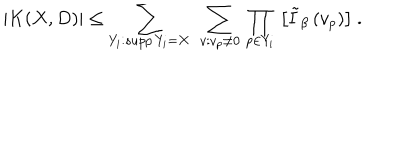
LaTeX: \left. | K ( X , D ) | \leq \sum _ { Y _ { i } : s u p p \, Y _ { i } = X } \ \sum _ { v : v _ { p } \neq 0 } \, \prod _ { p \in Y _ { i } } \, \left[ \tilde { I } _ { \beta } \, ( v _ { p } ) \right] \right. \ .